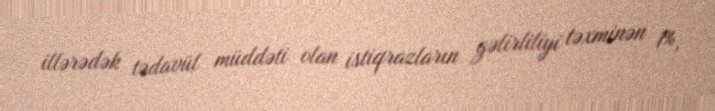
illərədək tədavül müddəti olan istiqrazların gəlirliliyi təxminən 1%,